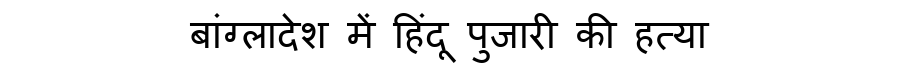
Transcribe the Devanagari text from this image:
बांग्लादेश में हिंदू पुजारी की हत्या